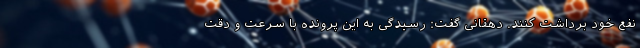
نفع خود برداشت کنند. دهقانی گفت: رسیدگی به این پرونده با سرعت و دقت